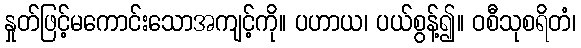
နှုတ်ဖြင့်မကောင်းသောအကျင့်ကို။ ပဟာယ၊ ပယ်စွန့်၍။ ဝစီသုစရိတံ၊